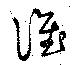
誰